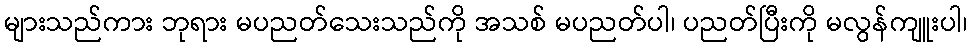
များသည်ကား ဘုရား မပညတ်သေးသည်ကို အသစ် မပညတ်ပါ၊ ပညတ်ပြီးကို မလွန်ကျူးပါ၊